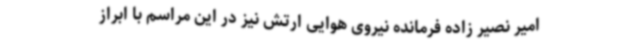
امیر نصیر زاده فرمانده نیروی هوایی ارتش نیز در این مراسم با ابراز